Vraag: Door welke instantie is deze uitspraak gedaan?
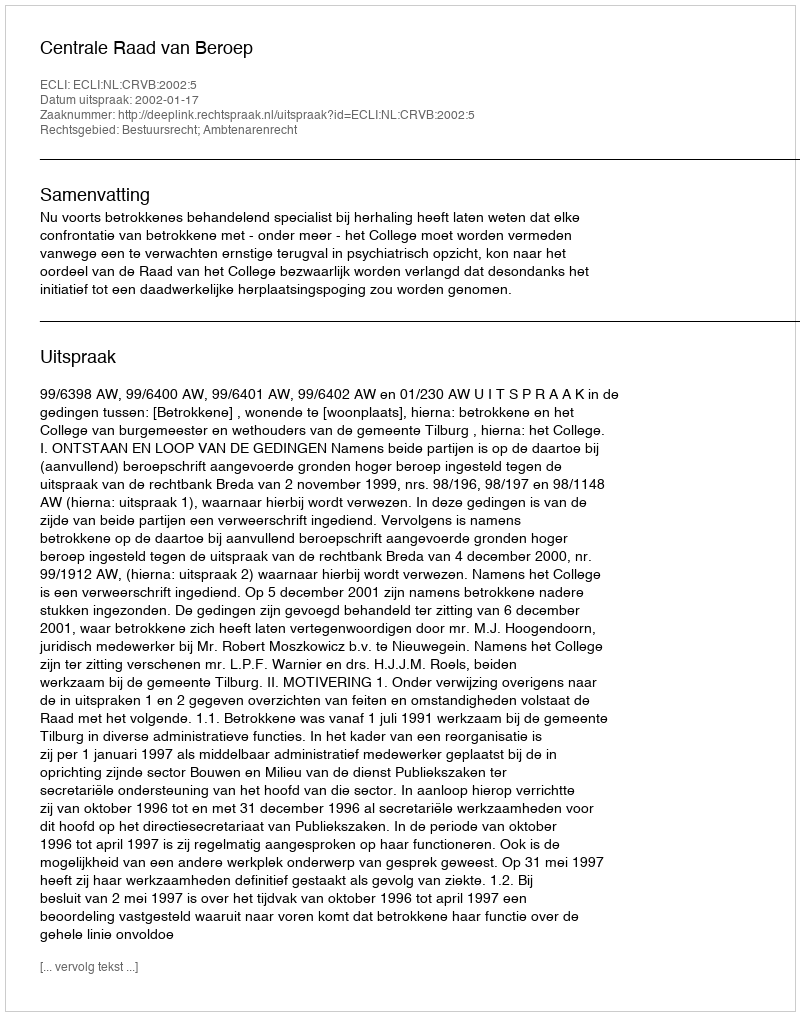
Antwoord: Centrale Raad van Beroep